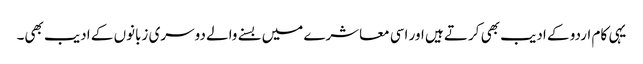
یہی کام اردو کے ادیب بھی کرتے ہیں اور اسی معاشرے میں بسنے والے دوسری زبانوں کے ادیب بھی۔